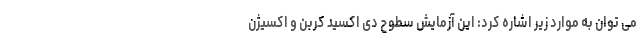
می توان به موارد زیر اشاره کرد: این آزمایش سطوح دی اکسید کربن و اکسیژن